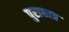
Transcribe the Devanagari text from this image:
पुराछात्र